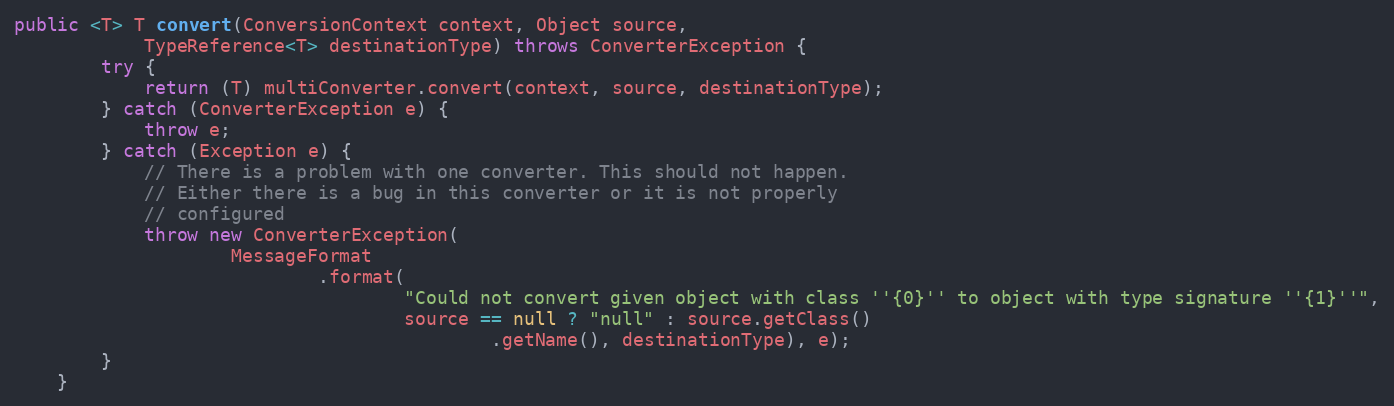
Language: Java
public <T> T convert(ConversionContext context, Object source,
			TypeReference<T> destinationType) throws ConverterException {
		try {
			return (T) multiConverter.convert(context, source, destinationType);
		} catch (ConverterException e) {
			throw e;
		} catch (Exception e) {
			// There is a problem with one converter. This should not happen.
			// Either there is a bug in this converter or it is not properly
			// configured
			throw new ConverterException(
					MessageFormat
							.format(
									"Could not convert given object with class ''{0}'' to object with type signature ''{1}''",
									source == null ? "null" : source.getClass()
											.getName(), destinationType), e);
		}
	}